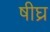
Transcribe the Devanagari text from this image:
षीघ्र